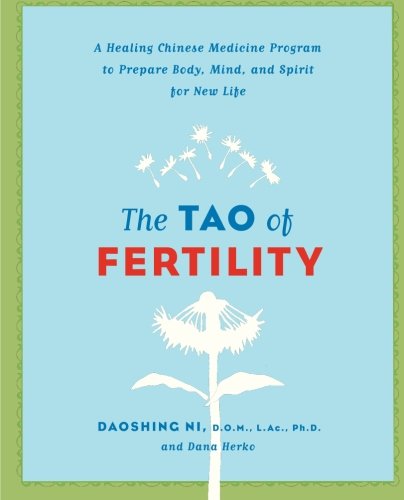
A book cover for The Tao of Fertility: A Healing Chinese Medicine Program to Prepare Body, Mind, and Spirit for New Life; Daoshing Ni; Parenting & Relationships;